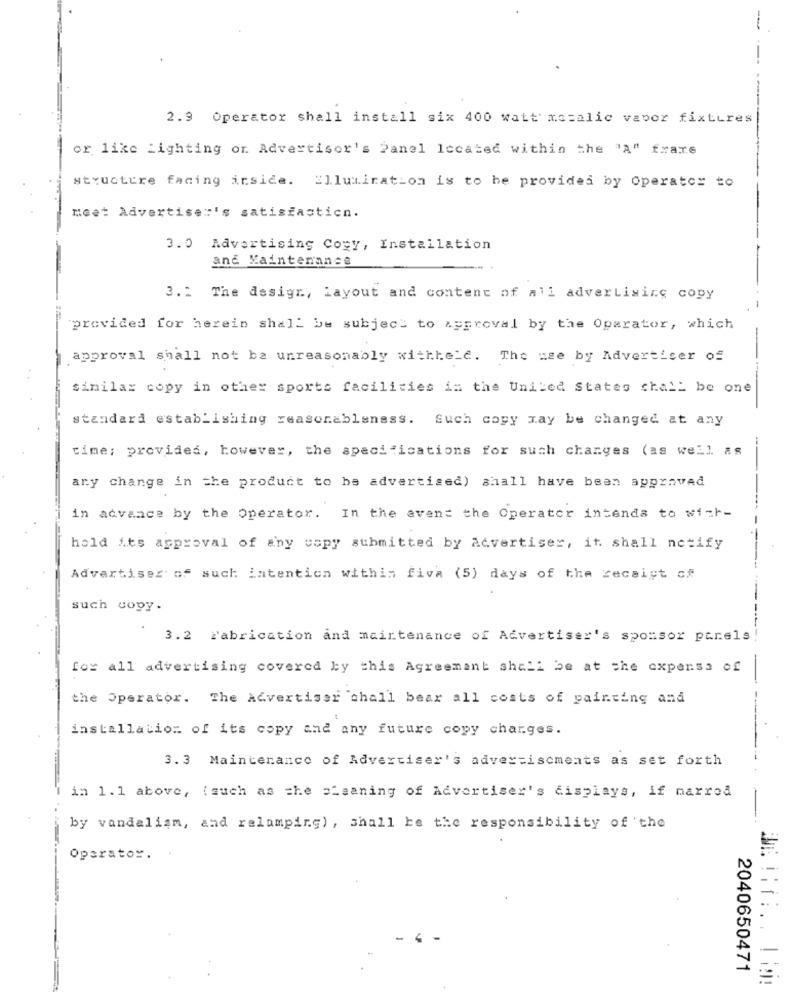
2.9 Operator shall install six 400 watt' mssalic vapor fixtures
or like Lighting or Advertiser's Panel located within the "A" fraxe
structure facing inside. Illumination is to be provided by Operator to
meet Advertiser's satisfasticn.
3.0 Advertising Copy, Installation
and Maintenance
3.2 The desigr ., Layout and content of all advertising copy
"provided for herein shall be subject to approval by the Operator, which
approval shall not be unreasonably withheld. The use by Advertiser of
similar copy in other sports facilities in the United States shall be one
standard establishing reasonableness. Such copy may be changed at any
time; provided, however, the specifications for such changes (as well as
-
any change in the product to be advertised) shall have been approved
in advance by the Operator. In the event the Operator intends to wi=h-
hold its approval of any copy submitted by Advertiser, it shall notify
Advertiser of such intention within five (5) days of the receipt of
such copy.
3.2 Fabrication and maintenance of Advertiser's sponsor parels
fox all advertising covered by this Agreement shall be at the expense of
the Operator. The Advertiser shall bear all costs of painting and
installation of its copy and any future copy charges.
3. 3 Maintenance of Advertiser's advertisements as set forth
in 1.1 above, (such as the =haaning of Advertiser's displays, if marred
by vandalism, and relamping), shall be the responsibility of the
Operator.
2040650471